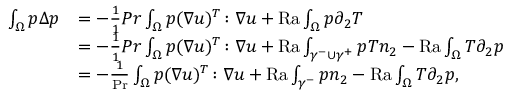
\begin{array} { r l } { \int _ { \Omega } p \Delta p } & { = - \frac { 1 } { 1 } { { P r } } \int _ { \Omega } p ( \nabla u ) ^ { T } \colon \nabla u + { \mathrm { R a } } \int _ { \Omega } p \partial _ { 2 } T } \\ & { = - \frac { 1 } { 1 } { { P r } } \int _ { \Omega } p ( \nabla u ) ^ { T } \colon \nabla u + { \mathrm { R a } } \int _ { \gamma ^ { - } \cup \gamma ^ { + } } p T n _ { 2 } - \mathrm { { R a } } \int _ { \Omega } T \partial _ { 2 } p } \\ & { = - \frac { 1 } { \mathrm { P r } } \int _ { \Omega } p ( \nabla u ) ^ { T } \colon \nabla u + \mathrm { { R a } } \int _ { \gamma ^ { - } } p n _ { 2 } - { \mathrm { R a } } \int _ { \Omega } T \partial _ { 2 } p , } \end{array}